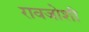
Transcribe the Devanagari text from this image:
रावजोशी